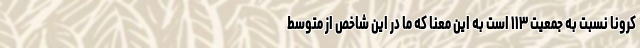
کرونا نسبت به جمعیت ۱۱۳ است به این معنا که ما در این شاخص از متوسط